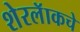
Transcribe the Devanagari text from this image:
शेरलॅाकचे